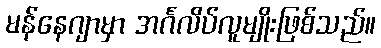
မန်နေဂျာမှာ အင်္ဂလိပ်လူမျိုးဖြစ်သည်။